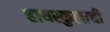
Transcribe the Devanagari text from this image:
हायस्कुलाची